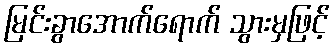
မြင်းခွာအောက်ရောက် သွားမှဖြင့်